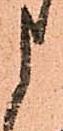
申